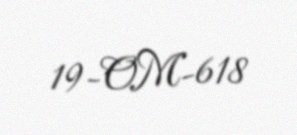
19-OM-618